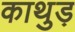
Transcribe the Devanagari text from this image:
काथुड़